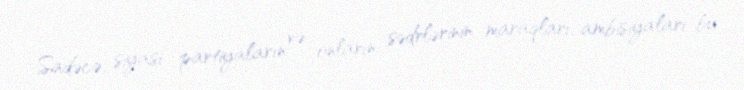
Sadəcə, siyasi partiyaların və onların sədrlərinin maraqları, ambisiyaları bu